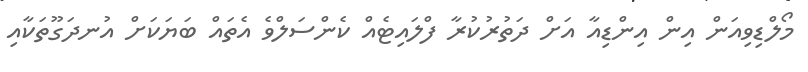
މޯލްޑިވިއަން އިން އިންޑިއާ އަށް ދަތުރުކުރާ ފްލައިޓެއް ކެންސަލްވެ އެތައް ބަޔަކަށް އުނދަގޫތަކާއި